Vaccination in the Punjab 1919-1929 - 1919-1929
Year: 1919
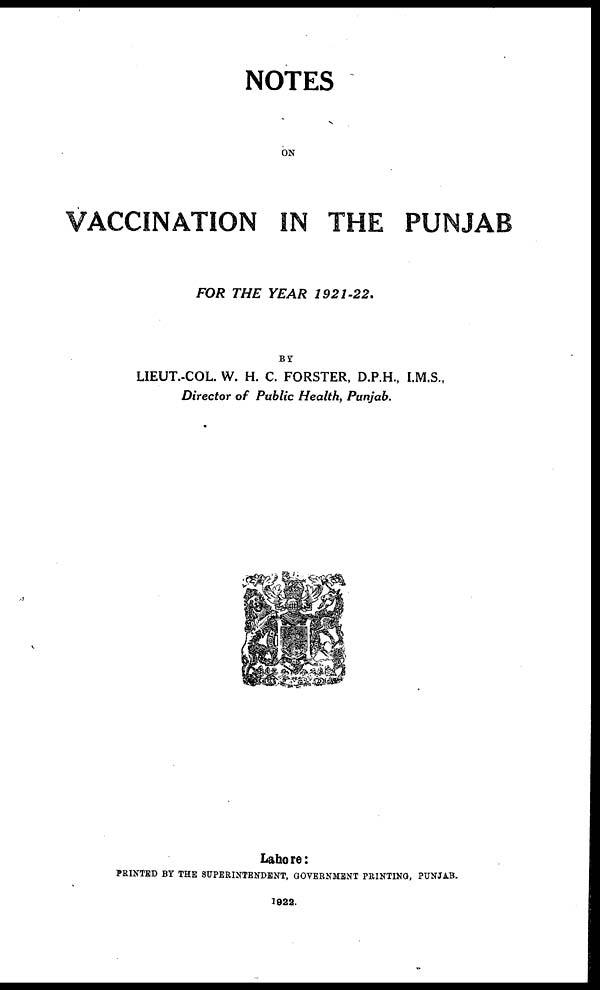
NOTES
ON
VACCINATION IN THE PUNJAB
FOR THE YEAR
1921-22.
BY
LIEUT.-COL. W. H. C. FORSTER, D.P.H., I.M.S.,
Director of Public Health, Punjab.
Lahore:
PRINTED BY THE SUPERINTENDENT, GOVERNMENT PRINTING, PUNJAB.
1922.